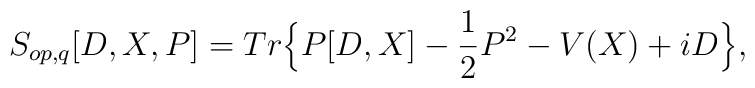
S_{op,q}[D,X,P]=Tr \Big\{ P[D,X]-\frac{1}{2}P^2 - V(X)+iD \Big\},